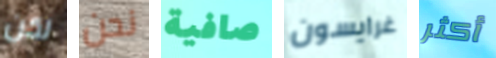
لكن نحن صافية غرايسون أكثر